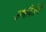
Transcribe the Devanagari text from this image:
अभविर्तनी